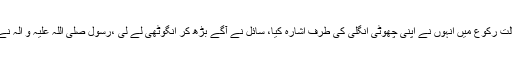
حضرت علی نماز پڑھ رہے تھے، حالت رکوع میں انہوں نے اپنی چھوٹی انگلی کی طرف اشارہ کیا، سائل نے آگے بڑھ کر انگوٹھی لے لی ،رسول صلی اللہ علیہ و آلہ نے آسمان کی طرف دیکھ کر کہا: خدایا!